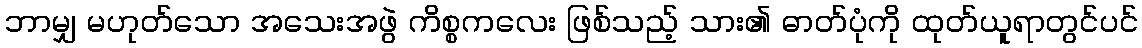
ဘာမျှ မဟုတ်သော အသေးအဖွဲ ကိစ္စကလေး ဖြစ်သည့် သား၏ ဓာတ်ပုံကို ထုတ်ယူရာတွင်ပင်